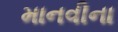
માનવીના